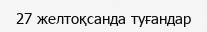
27 желтоқсанда туғандар